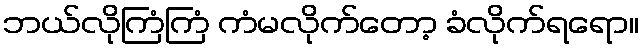
ဘယ်လိုကြံကြံ ကံမလိုက်တော့ ခံလိုက်ရရော။